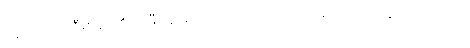
ပန်းပဲဆရာ ဦးစိန်ဝ၏ သမီး ချိုမာကလေးက ပြောရင်း မျက်ရည်တွေ ဝဲလာသည်။